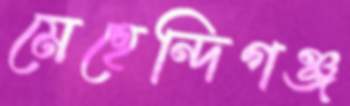
মেহেন্দিগঞ্জ